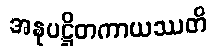
အနုပဋ္ဌိတကာယဿတိ